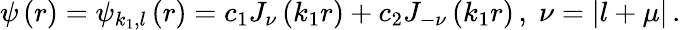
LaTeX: \psi\left(r\right)=\psi_{k_{1},l}\left(r\right)=c_{1}J_{\nu}\left(k_{1}r\right)+c_{2}J_{-\nu}\left(k_{1}r\right)\, ,\; \nu=\left|l+\mu\right|\, .